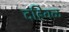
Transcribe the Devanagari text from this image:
दहिवळ